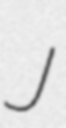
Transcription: J